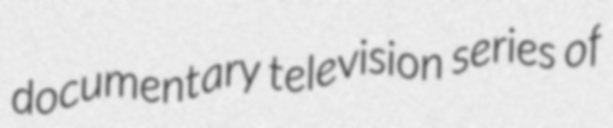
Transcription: documentary television series of